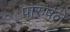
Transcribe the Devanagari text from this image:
पारुषले